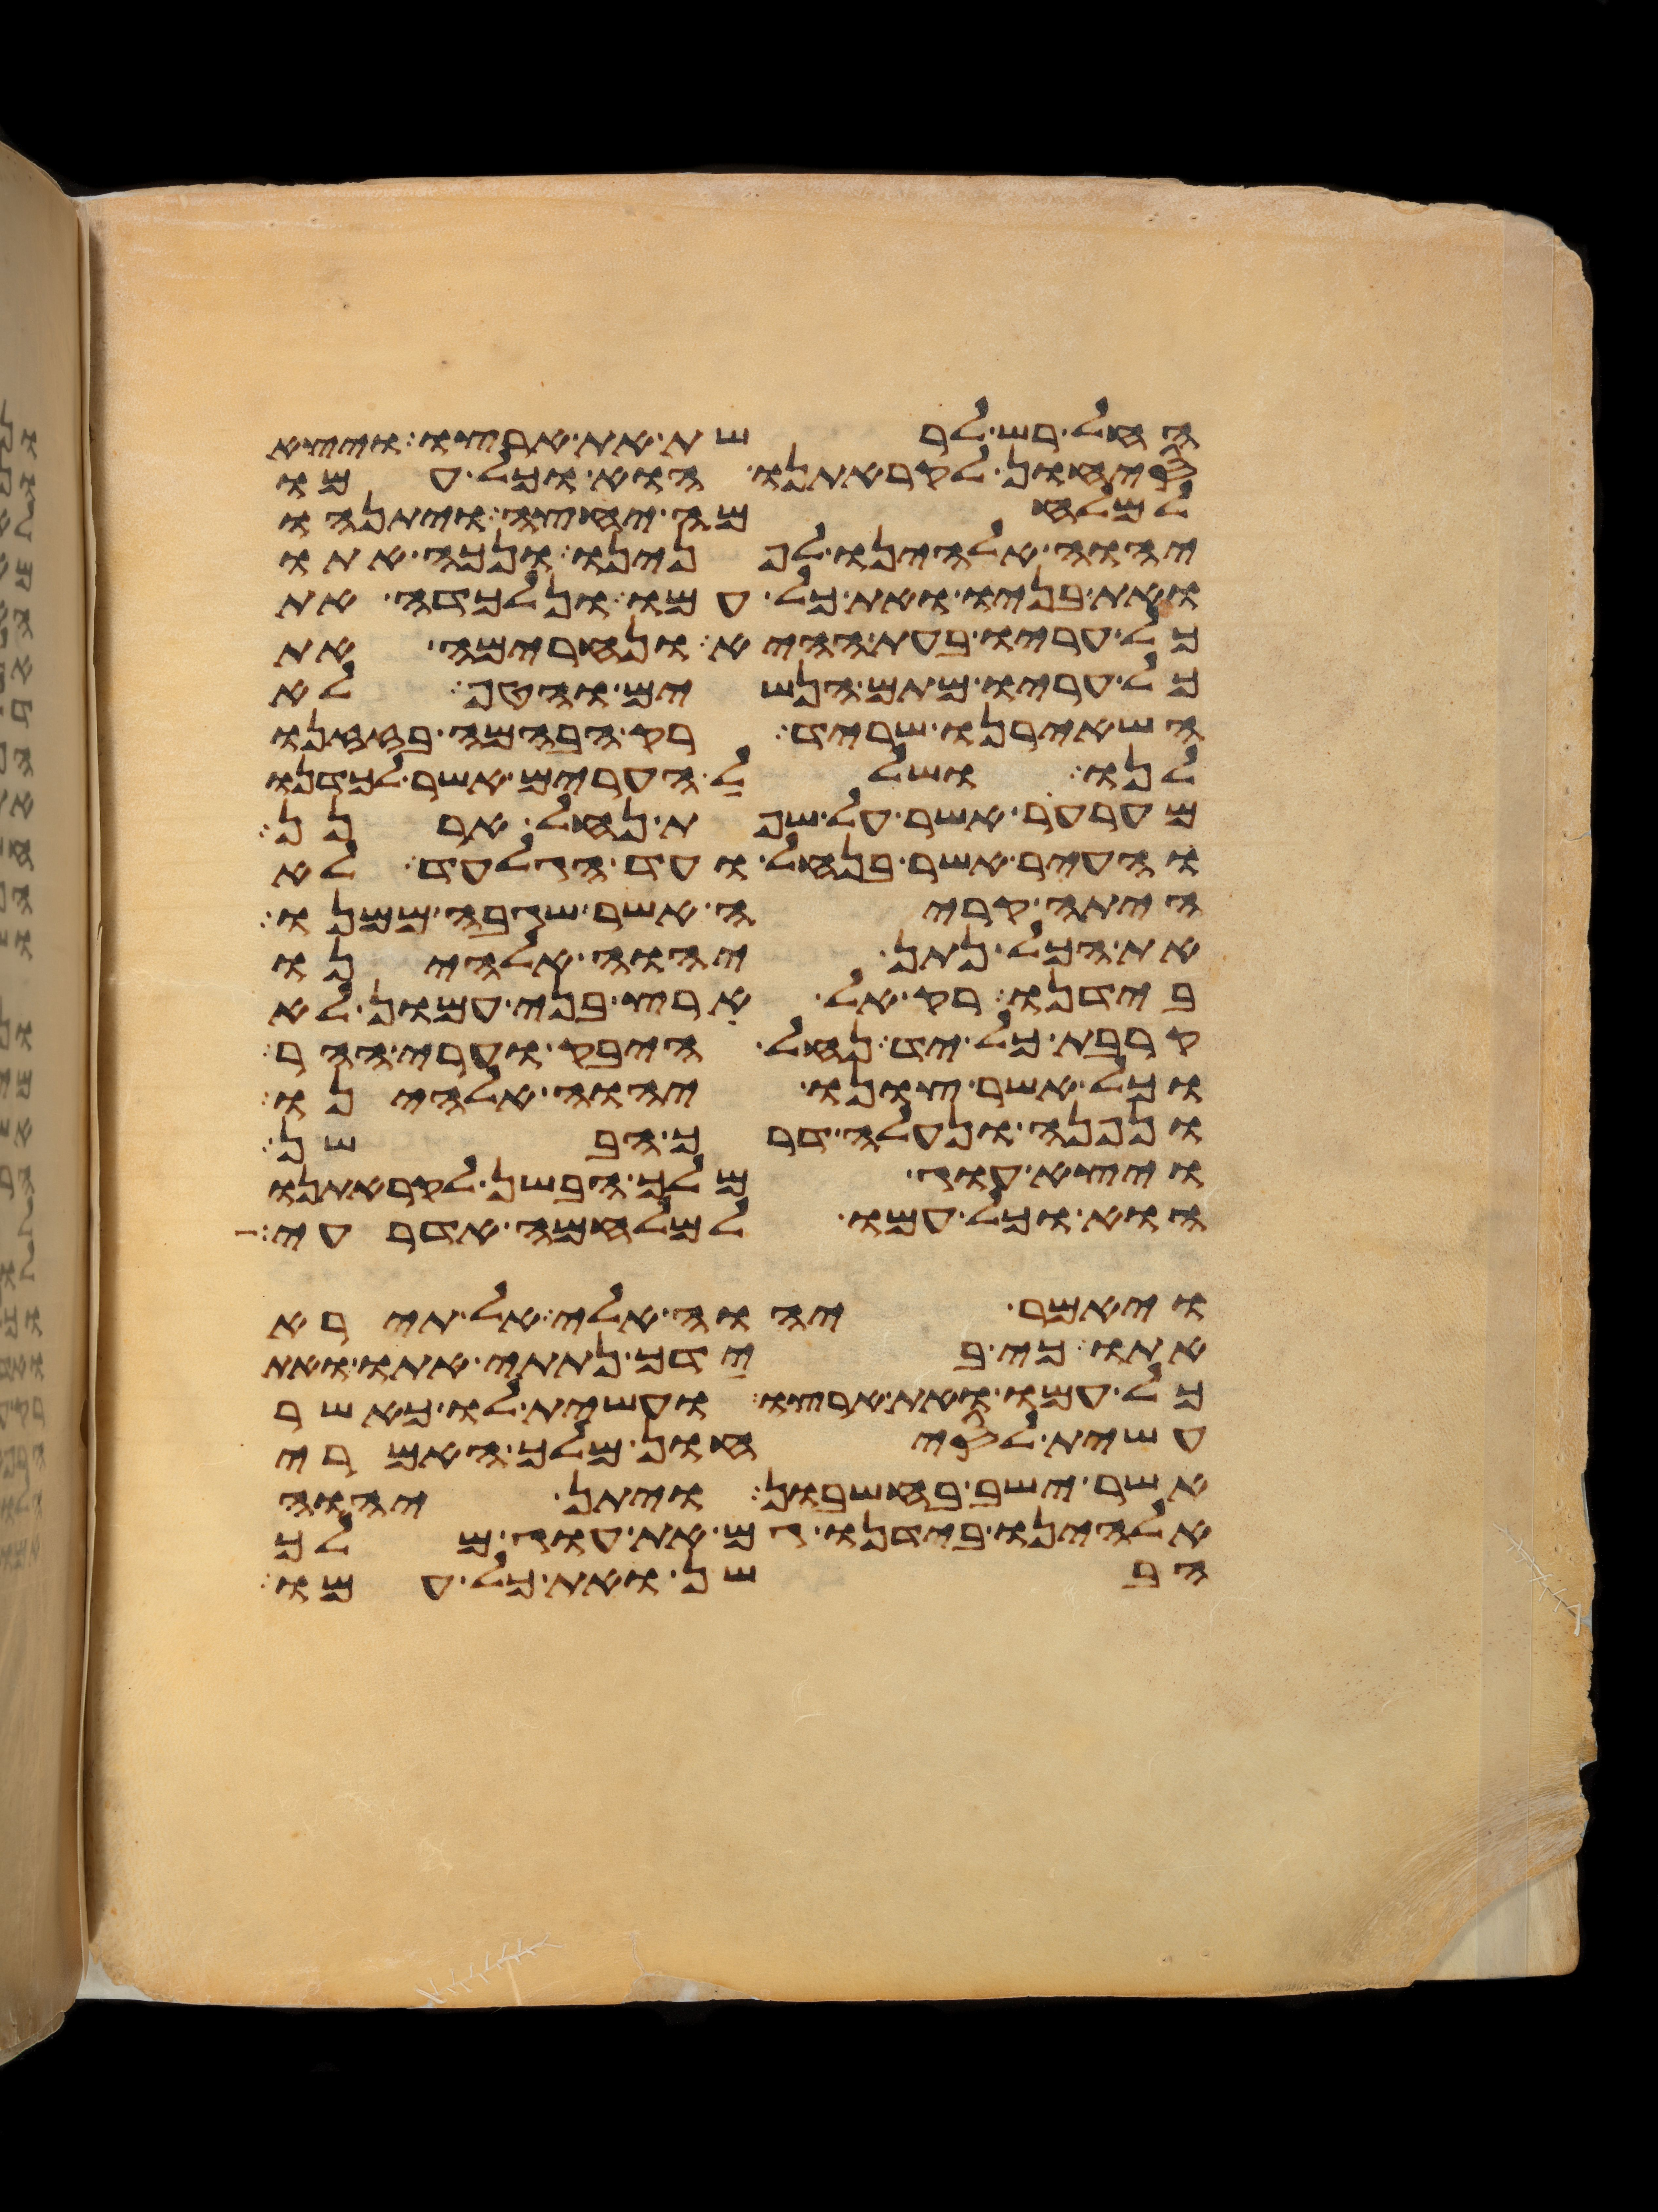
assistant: החל רש לרשת את ארצו ויצא
סיחון לקראתנו הוא וכל עמו
למלחמה יחצה ויתנהו
יהוה אלהינו לפנינו ונכה אתו
ואת בניו ואת כל עמו ונלכדה את
כל עריו בעת ההיא ונחרימה את
כל עריו מתם הנשים והטף לא
השאירנו שריד רק הבהמה בזזנו
לנו ושלל הערים אשר לכדנו
מערער אשר על שפת נחל ארנן
והעיר אשר בנחל ועד הגלעד לא
היתה קריה אשר שגבה ממנו
את הכל נתן יהוה אלהינו
בידנו רק אל ארץ בני עמון לא
קרבת כל יד נחל היבק וערי ההר
וכל אשר צונו יהוה אלהינו
ונפנה ונעלה דרך הבשן
ויצא עוג מלך הבשן לקראתנו
הוא וכל עמו למלחמה אדרעי
ויאמר יהוה אלי אל תירא
אתו כי בידך נתתי אתו ואת
כל עמו ואת ארצו ועשית לו כאשר
עשית לסיחון מלך האמרי
אשר ישב בחשבון ויתן יהוה
אלהינו בידנו גם את עוג מלך
הבשן ואת כל עמו